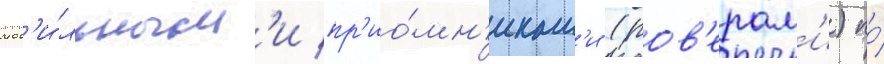
моб'и́льным'и пр'ио́мн'икам'и (ров'ерам'и) по́